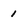
Character: I